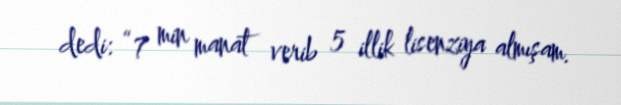
dedi: “7 min manat verib 5 illik lisenziya almışam.